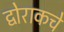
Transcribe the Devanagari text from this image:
द्वोराकचे